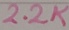
Text: 2.2K